Vaccination in Burma 1920-1933 - 1920-1933
Year: 1920
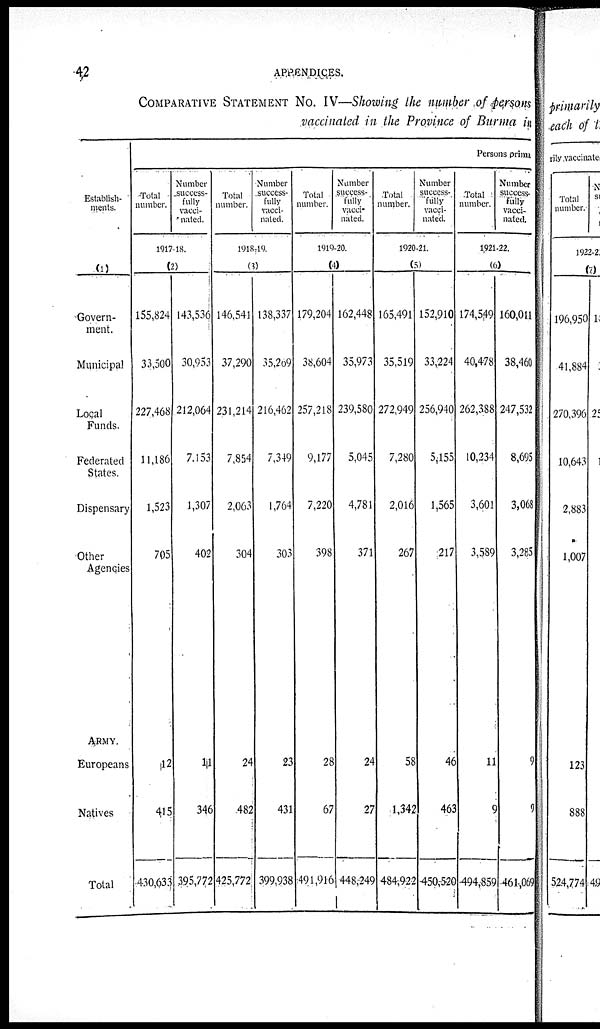
42
APPENDICES.
COMPARATIVE STATEMENT No. IV—Showing the number of persons
vaccinated in the Province of Burma in
Establish-
ments.
(1)
Govern-
ment.
Municipal
Logal
Funds.
Federated
States.
Dispensary
Other
Agencies
ARMY.
Europeans
Natives
Total
Persons prima
Total
number.
Number
success-
fully
vacci-
nated.
1917-18.
(2)
155,824
33,500
227,468
11,186
1,523
705
12
415
430,633
143,536
30,953
212,064
7,153
1,307
402
11
346
395,772
Total
number.
Number
success-
fully
vacci-
nated.
1918-19.
(3)
146,541
37,290
231,214
7,854
2,063
304
24
482
425,772
138,337
35,209
216,462
7,349
1,764
303
23
431
399,938
Total
number.
Number
success-
fully
vacci-
nated.
1919-20.
(4)
179,204
38,604
257,218
9,177
7,220
398
28
67
491,916
162,448
35,973
239,580
5,045
4,781
371
24
27
448,249
Total
number.
Number
success-
fully
vacci-
nated.
1920-21.
(5)
165,491
35,519
272,949
7,280
2,016
267
58
1,342
484,922
152,910
33,224
256,940
5,155
1,565
217
46
463
450,520
Total
number.
Number
success-
fully
vacci-
nated.
1921-22.
(6)
174,549
40,478
262,388
10,234
3,601
3,589
11
9
494,859
160,014
38,460
247,532
8,695
3,068
3,285
9
9
461,069